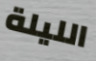
الليلة